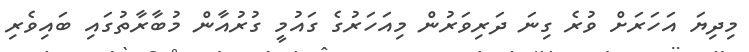
މިދިޔަ އަހަރަށް ވުރެ ގިނަ ދަރިވަރުން މިއަހަރުގެ ގައުމީ ގުރުއާން މުބާރާތުގައި ބައިވެރި